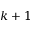
k + 1